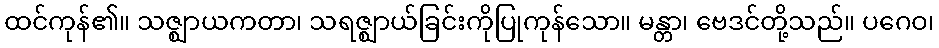
ထင်ကုန်၏။ သဇ္ဈာယကတာ၊ သရဇ္ဈာယ်ခြင်းကိုပြုကုန်သော။ မန္တာ၊ ဗေဒင်တို့သည်။ ပဂေဝ၊